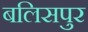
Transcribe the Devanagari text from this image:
बलिसपुर